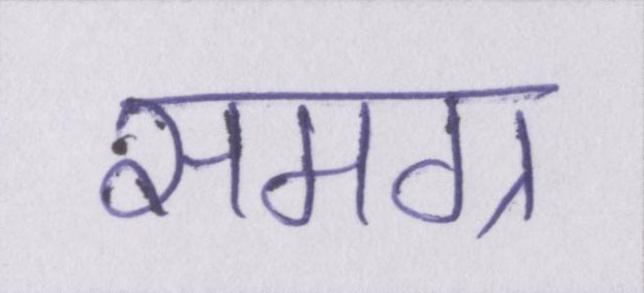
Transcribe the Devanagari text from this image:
समग्र